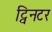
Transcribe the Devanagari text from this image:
ट्विनटर